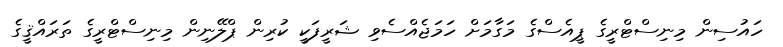
ހައުސިން މިނިސްޓްރީގެ ޕީއެސްގެ މަގާމަށް ހަމަޖެއްސެވި ޝަރީފަކީ ކުރިން ޕްލޭނިން މިނިސްޓްރީގެ ތަރައްޤީގެ